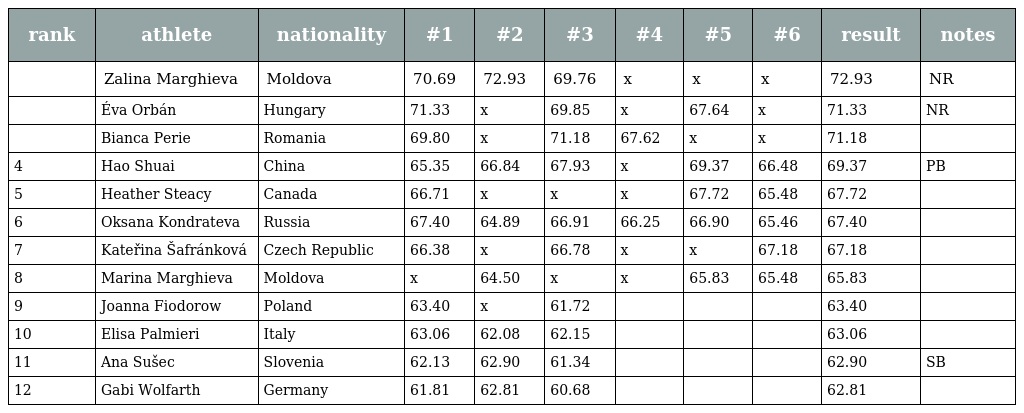
| rank | athlete | nationality | #1 | #2 | #3 | #4 | #5 | #6 | result | notes |
 | --- | --- | --- | --- | --- | --- | --- | --- | --- | --- | --- |
 |  | Zalina Marghieva | Moldova | 70.69 | 72.93 | 69.76 | x | x | x | 72.93 | NR |
 |  | Éva Orbán | Hungary | 71.33 | x | 69.85 | x | 67.64 | x | 71.33 | NR |
 |  | Bianca Perie | Romania | 69.80 | x | 71.18 | 67.62 | x | x | 71.18 |  |
 | 4 | Hao Shuai | China | 65.35 | 66.84 | 67.93 | x | 69.37 | 66.48 | 69.37 | PB |
 | 5 | Heather Steacy | Canada | 66.71 | x | x | x | 67.72 | 65.48 | 67.72 |  |
 | 6 | Oksana Kondrateva | Russia | 67.40 | 64.89 | 66.91 | 66.25 | 66.90 | 65.46 | 67.40 |  |
 | 7 | Kateřina Šafránková | Czech Republic | 66.38 | x | 66.78 | x | x | 67.18 | 67.18 |  |
 | 8 | Marina Marghieva | Moldova | x | 64.50 | x | x | 65.83 | 65.48 | 65.83 |  |
 | 9 | Joanna Fiodorow | Poland | 63.40 | x | 61.72 |  |  |  | 63.40 |  |
 | 10 | Elisa Palmieri | Italy | 63.06 | 62.08 | 62.15 |  |  |  | 63.06 |  |
 | 11 | Ana Sušec | Slovenia | 62.13 | 62.90 | 61.34 |  |  |  | 62.90 | SB |
 | 12 | Gabi Wolfarth | Germany | 61.81 | 62.81 | 60.68 |  |  |  | 62.81 |  |